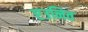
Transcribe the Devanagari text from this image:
एउनित